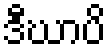
ဒီဃာပိ